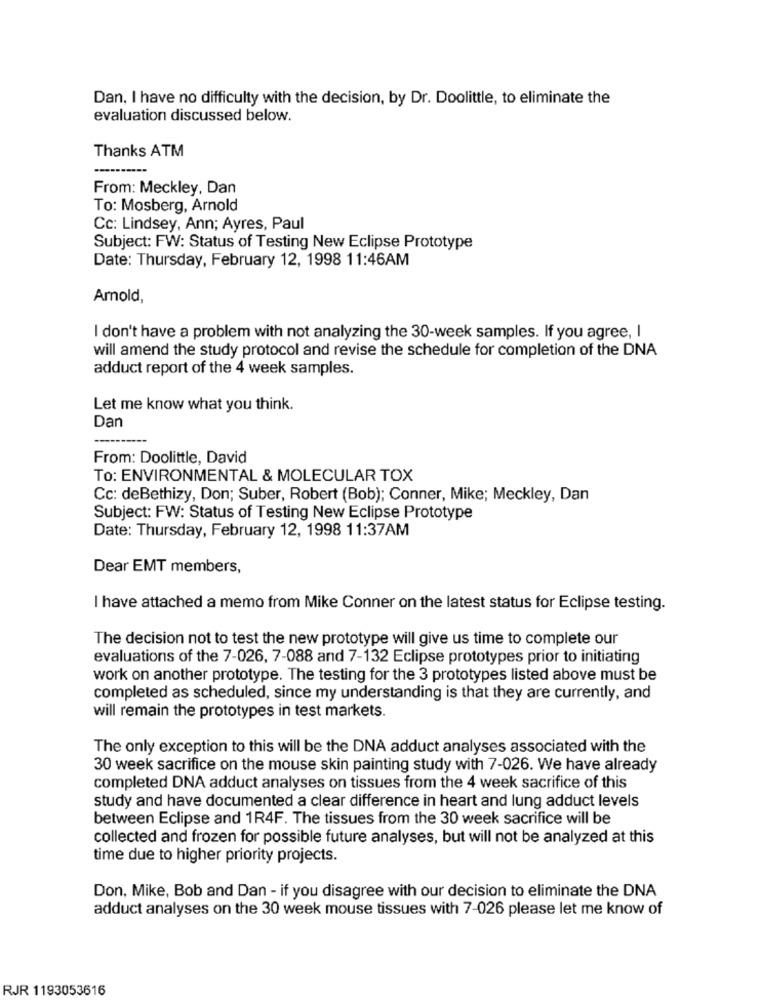
Dan, I have no difficulty with the decision, by Dr. Doolittle, to eliminate the
evaluation discussed below.
Thanks ATM
From: Meckley, Dan
To: Mosberg, Arnold
Cc: Lindsey, Ann; Ayres, Paul
Subject: FW: Status of Testing New Eclipse Prototype
Date: Thursday, February 12, 1998 11:46AM
Arnold,
I don't have a problem with not analyzing the 30-week samples. If you agree, I
will amend the study protocol and revise the schedule for completion of the DNA
adduct report of the 4 week samples.
Let me know what you think.
Dar
From: Doolittle, David
To: ENVIRONMENTAL & MOLECULAR TOX
Cc: deBethizy, Don; Suber, Robert (Bob); Conner, Mike; Meckley, Dan
Subject: FW: Status of Testing New Eclipse Prototype
Date: Thursday, February 12, 1998 11:37AM
Dear EMT members,
I have attached a memo from Mike Conner on the latest status for Eclipse testing.
The decision not to test the new prototype will give us time to complete our
evaluations of the 7-026, 7-088 and 7-132 Eclipse prototypes prior to initiating
work on another prototype. The testing for the 3 prototypes listed above must be
completed as scheduled, since my understanding is that they are currently, and
will remain the prototypes in test markets.
The only exception to this will be the DNA adduct analyses associated with the
30 week sacrifice on the mouse skin painting study with 7-026. We have already
completed DNA adduct analyses on tissues from the 4 week sacrifice of this
study and have documented a clear difference in heart and lung adduct levels
between Eclipse and 1R4F. The tissues from the 30 week sacrifice will be
collected and frozen for possible future analyses, but will not be analyzed at this
time due to higher priority projects.
Don, Mike, Bob and Dan - if you disagree with our decision to eliminate the DNA
adduct analyses on the 30 week mouse tissues with 7-026 please let me know of
RJR 1193053616